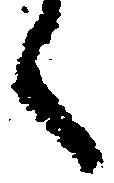
く